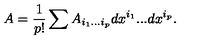
A = { \frac { 1 } { p ! } } \sum A _ { i _ { 1 } . . . i _ { p } } d x ^ { i _ { 1 } } . . . d x ^ { i _ { p } } .